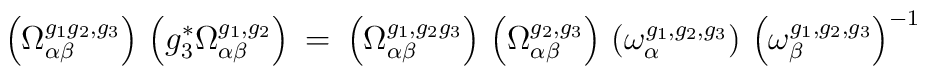
\left( \Omega^{g_1 g_2, g_3}_{\alpha \beta} \right) \,\left( g_3^* \Omega^{g_1, g_2}_{\alpha \beta} \right) \: = \:\left( \Omega^{g_1, g_2 g_3}_{\alpha \beta} \right) \,\left( \Omega^{g_2, g_3}_{\alpha \beta} \right) \,\left( \omega^{g_1, g_2, g_3}_{\alpha} \right) \,\left( \omega^{g_1, g_2, g_3}_{\beta} \right)^{-1}